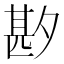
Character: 𫯑